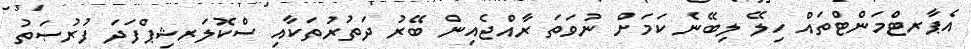
އެޕާރޓްމަންޓްތައް ހިލޭ ލިބޭނެ ކަމަށް ނުވަތަ ރާއްޖެއިން ބޭރު ދަތުރުތަކާއި ސްކޮލަރޝިޕްފަދަ ފުރުޞަތު